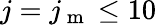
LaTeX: j=j_{\mathrm{~m~}}\leq 10